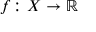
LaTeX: f \colon X \to \mathbb { R }